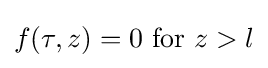
f(\tau ,z)=0{\text{ for }}z>l